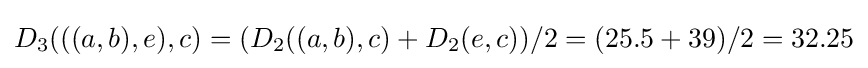
D_{3}(((a,b),e),c)=(D_{2}((a,b),c)+D_{2}(e,c))/2=(25.5+39)/2=32.25